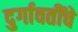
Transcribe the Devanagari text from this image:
दुर्गावतींचे